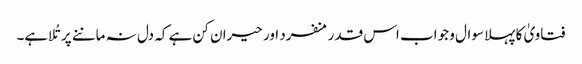
فتاویٰ کا پہلا سوال و جواب اس قدر منفرد اور حیران کن ہے کہ دل نہ ماننے پر تُلا ہے۔